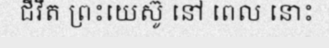
ជីវីត ព្រះយេស៊ូ នៅ ពេល នោះ